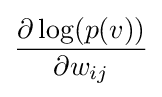
{\frac {\partial \log(p(v))}{\partial w_{ij}}}